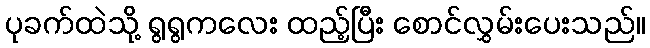
ပုခက်ထဲသို့ ရွရွကလေး ထည့်ပြီး စောင်လွှမ်းပေးသည်။